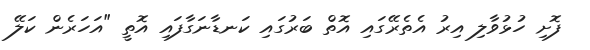
ފޮށި ހުޅުވާލި އިރު އެތެރޭގައި އޮތް ބަރުގައި ކަނޑާނަގާފައި އޮތީ "އަހަރެން ކަލޭ